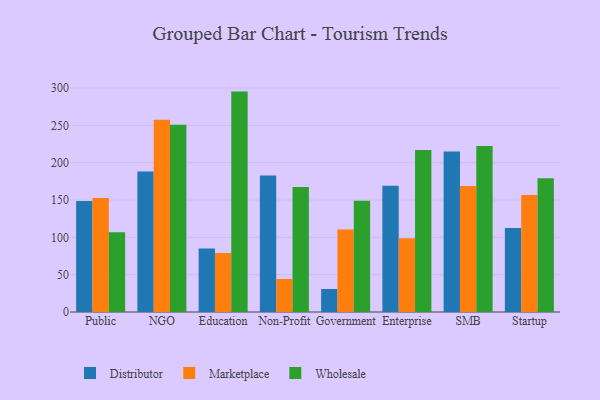
{"axis": {"x": "Segment", "y": "Shipments"}, "legend": ["Distributor", "Marketplace", "Wholesale"], "data": [{"x": "Public", "y": 148.7, "type": "Distributor"}, {"x": "Public", "y": 152.6, "type": "Marketplace"}, {"x": "Public", "y": 106.8, "type": "Wholesale"}, {"x": "NGO", "y": 188.1, "type": "Distributor"}, {"x": "NGO", "y": 257.5, "type": "Marketplace"}, {"x": "NGO", "y": 250.9, "type": "Wholesale"}, {"x": "Education", "y": 84.9, "type": "Distributor"}, {"x": "Education", "y": 79.0, "type": "Marketplace"}, {"x": "Education", "y": 295.2, "type": "Wholesale"}, {"x": "Non-Profit", "y": 182.9, "type": "Distributor"}, {"x": "Non-Profit", "y": 44.2, "type": "Marketplace"}, {"x": "Non-Profit", "y": 167.3, "type": "Wholesale"}, {"x": "Government", "y": 30.8, "type": "Distributor"}, {"x": "Government", "y": 110.5, "type": "Marketplace"}, {"x": "Government", "y": 148.9, "type": "Wholesale"}, {"x": "Enterprise", "y": 169.0, "type": "Distributor"}, {"x": "Enterprise", "y": 98.7, "type": "Marketplace"}, {"x": "Enterprise", "y": 216.9, "type": "Wholesale"}, {"x": "SMB", "y": 214.9, "type": "Distributor"}, {"x": "SMB", "y": 168.7, "type": "Marketplace"}, {"x": "SMB", "y": 222.3, "type": "Wholesale"}, {"x": "Startup", "y": 112.6, "type": "Distributor"}, {"x": "Startup", "y": 156.7, "type": "Marketplace"}, {"x": "Startup", "y": 179.3, "type": "Wholesale"}]}